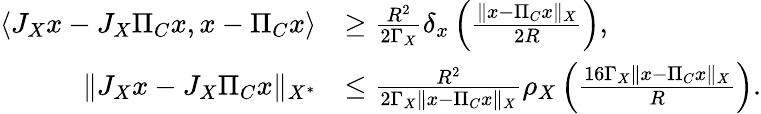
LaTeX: \begin{array}{rl}{\langle J_{X}x-J_{X}\Pi_{C}x,x-\Pi_{C}x\rangle}&{\geq\frac{R^{2}}{2\Gamma_{X}}\delta_{x}\left(\frac{\| x-\Pi_{C}x\| _{X}}{2R}\right),}\\ {\| J_{X}x-J_{X}\Pi_{C}x\| _{X^{*}}}&{\leq\frac{R^{2}}{2\Gamma_{X}\| x-\Pi_{C}x\| _{X}}\rho_{X}\left(\frac{16\Gamma_{X}\| x-\Pi_{C}x\| _{X}}{R}\right).}\end{array}